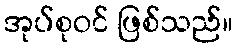
အုပ်စုဝင် ဖြစ်သည်။